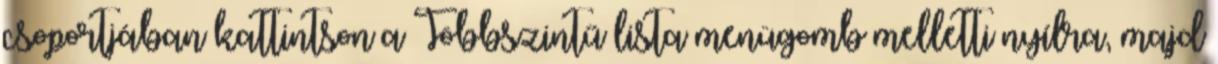
csoportjában kattintson a Többszintű lista menügomb melletti nyílra, majd